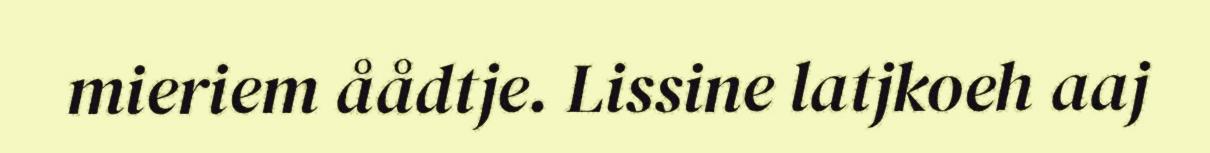
mieriem åådtje. Lissine latjkoeh aaj